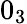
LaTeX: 0_{3}